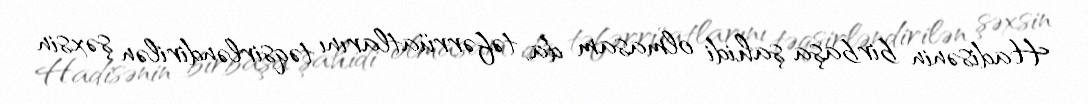
Hadisənin birbaşa şahidi olmasam da, təfərrüatlarını təqsirləndirilən şəxsin